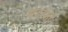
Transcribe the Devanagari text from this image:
महाभट